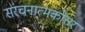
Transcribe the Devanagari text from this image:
संरचनात्मकोत्तर